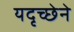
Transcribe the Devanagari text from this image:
यदृच्छेने